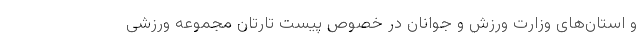
و استان‌های وزارت ورزش و جوانان در خصوص پیست تارتان مجموعه ورزشی